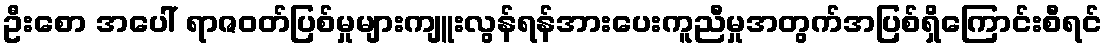
ဦးစော အပေါ် ရာဇဝတ်ပြစ်မှုများကျူးလွန်ရန်အားပေးကူညီမှုအတွက်အပြစ်ရှိကြောင်းစီရင်